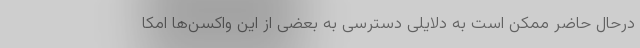
درحال حاضر ممکن است به دلایلی دسترسی به بعضی از این واکسن‌ها امکا